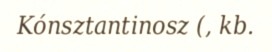
Kónsztantinosz (, kb.